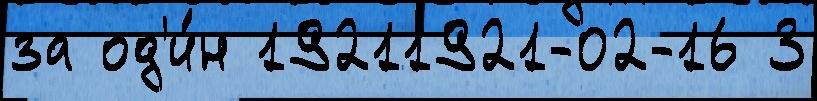
за од'и́н 19211921-02-16 3